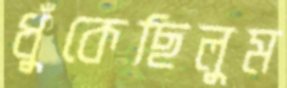
ধুঁকেছিলুম